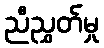
ညီညွှတ်မှု